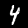
Digit: 4